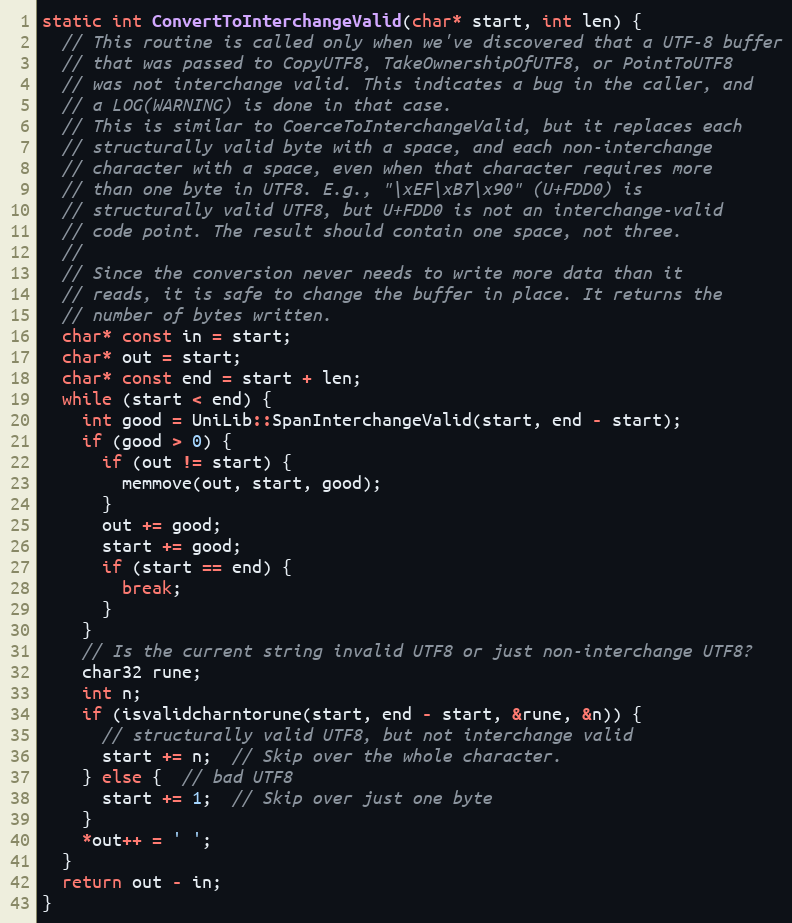
Language: C++
static int ConvertToInterchangeValid(char* start, int len) {
  // This routine is called only when we've discovered that a UTF-8 buffer
  // that was passed to CopyUTF8, TakeOwnershipOfUTF8, or PointToUTF8
  // was not interchange valid. This indicates a bug in the caller, and
  // a LOG(WARNING) is done in that case.
  // This is similar to CoerceToInterchangeValid, but it replaces each
  // structurally valid byte with a space, and each non-interchange
  // character with a space, even when that character requires more
  // than one byte in UTF8. E.g., "\xEF\xB7\x90" (U+FDD0) is
  // structurally valid UTF8, but U+FDD0 is not an interchange-valid
  // code point. The result should contain one space, not three.
  //
  // Since the conversion never needs to write more data than it
  // reads, it is safe to change the buffer in place. It returns the
  // number of bytes written.
  char* const in = start;
  char* out = start;
  char* const end = start + len;
  while (start < end) {
    int good = UniLib::SpanInterchangeValid(start, end - start);
    if (good > 0) {
      if (out != start) {
        memmove(out, start, good);
      }
      out += good;
      start += good;
      if (start == end) {
        break;
      }
    }
    // Is the current string invalid UTF8 or just non-interchange UTF8?
    char32 rune;
    int n;
    if (isvalidcharntorune(start, end - start, &rune, &n)) {
      // structurally valid UTF8, but not interchange valid
      start += n;  // Skip over the whole character.
    } else {  // bad UTF8
      start += 1;  // Skip over just one byte
    }
    *out++ = ' ';
  }
  return out - in;
}